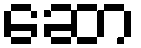
ဆော